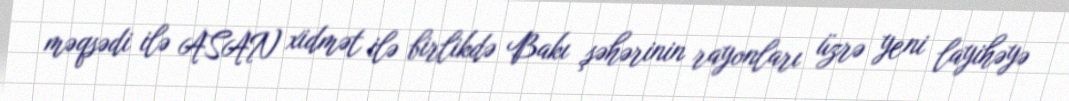
məqsədi ilə ASAN xidmət ilə birlikdə Bakı şəhərinin rayonları üzrə yeni layihəyə